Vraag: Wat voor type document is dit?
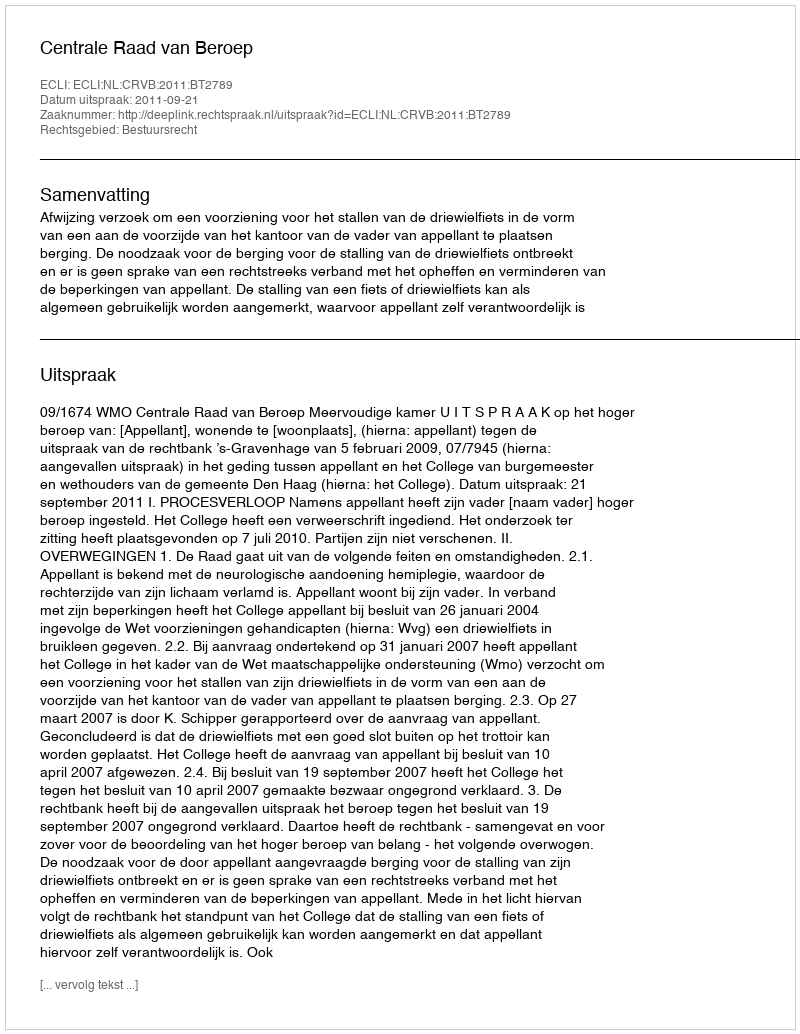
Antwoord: Uitspraak